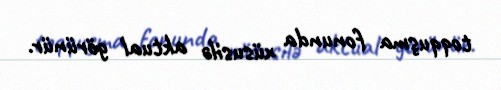
toqquşma fonunda xüsusilə aktual görünür.